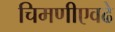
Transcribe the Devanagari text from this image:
चिमणीएवढे